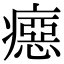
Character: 癋